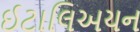
ઈટાલિઅયન